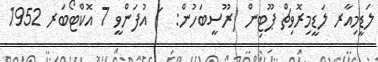
ލަޑީމިއާރ ލަޑީމިރޮވިޗް ޕޫޓިން (ރޫސީބަހުން:  ) އުފަންވީ 7 އޮކްޓޯބަރ 1952